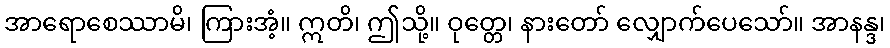
အာရောစေဿာမိ၊ ကြားအံ့။ ဣတိ၊ ဤသို့။ ဝုတ္တေ၊ နားတော် လျှောက်ပေသော်။ အာနန္ဒ၊